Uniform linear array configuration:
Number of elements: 16
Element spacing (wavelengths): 0.25
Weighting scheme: uniform
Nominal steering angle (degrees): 60
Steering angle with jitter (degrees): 59.327
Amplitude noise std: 0.05
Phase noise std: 0.05

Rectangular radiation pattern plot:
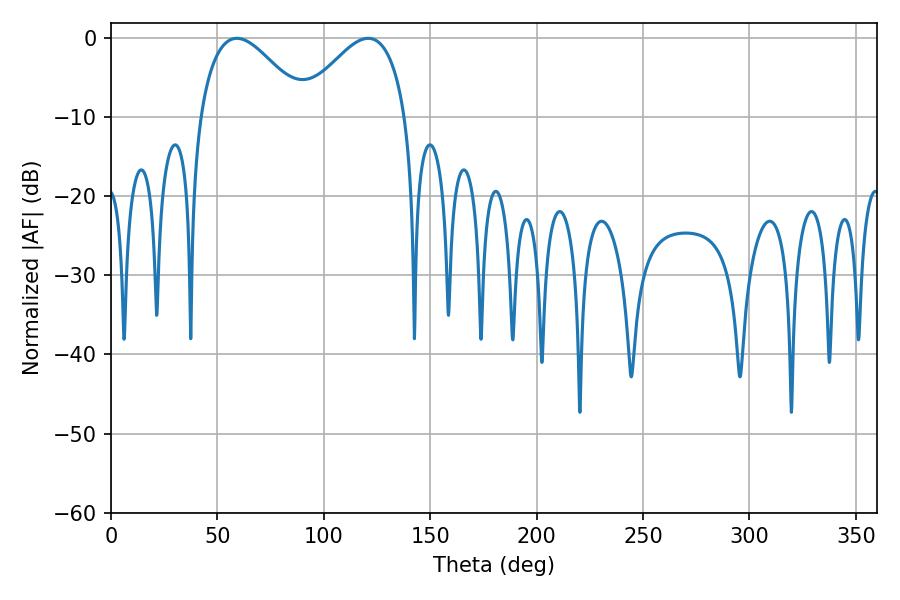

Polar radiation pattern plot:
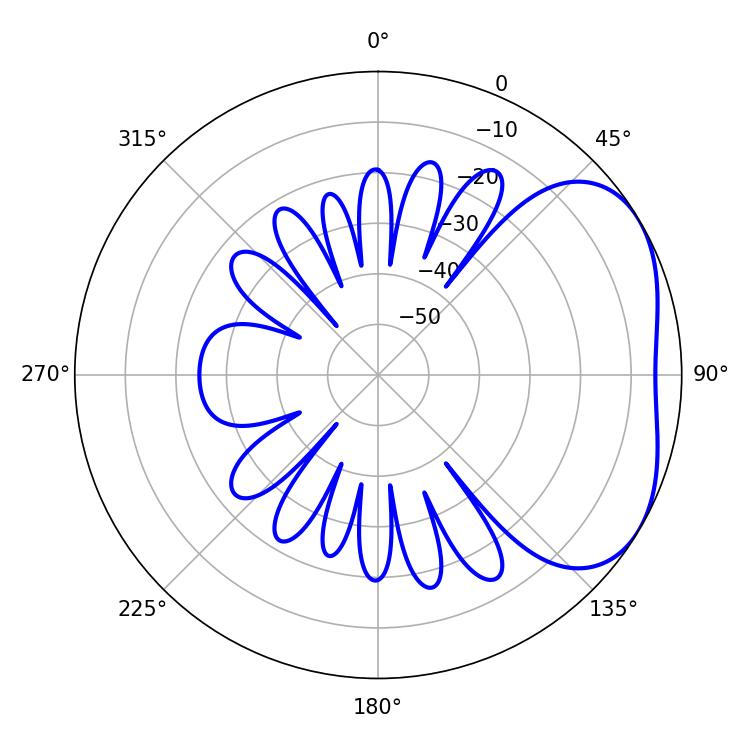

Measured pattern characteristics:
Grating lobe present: FALSE
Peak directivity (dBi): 3.493
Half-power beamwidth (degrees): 27.18
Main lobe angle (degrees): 120.78